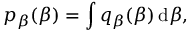
p _ { \beta } ( \beta ) = \int q _ { \beta } ( \beta ) \, \mathrm d \beta ,